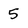
Character: 5